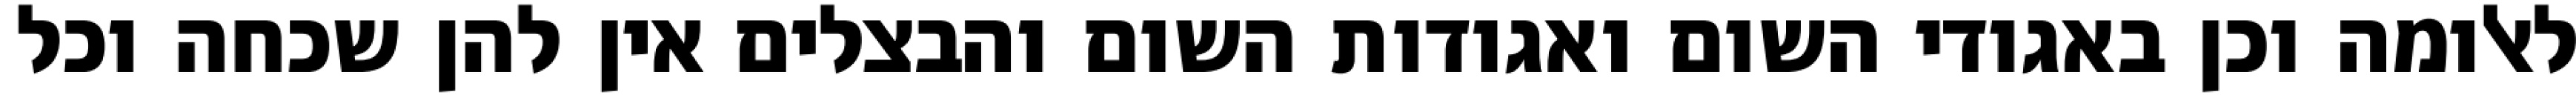
לאלומה וכן באגודי השום ואגודות השום והבצלים אין להן שכחה וכל